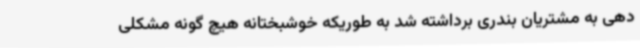
دهی به مشتریان بندری برداشته شد به طوریکه خوشبختانه هیچ گونه مشکلی